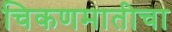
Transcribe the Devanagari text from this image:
चिकणमातीचा